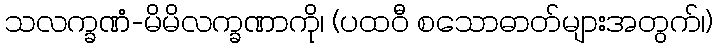
သလက္ခဏံ-မိမိလက္ခဏာကို၊ (ပထဝီ စသောဓာတ်များအတွက်၊)